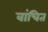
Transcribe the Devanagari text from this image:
वांचित